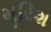
મૂરિશ